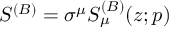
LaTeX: S ^ { ( B ) } = \sigma ^ { \mu } S _ { \mu } ^ { ( B ) } ( z ; p )